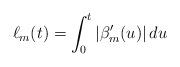
LaTeX: \begin{align*}\ell_m(t) = \int_0^t |\beta_m'(u)| \,du\end{align*}